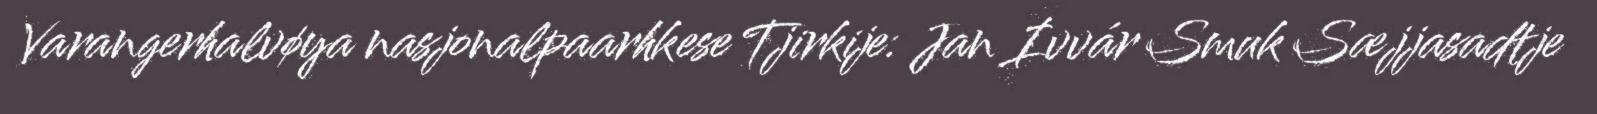
Varangerhalvøya nasjonalpaarhkese Tjirkije: Jan Ivvár Smuk Sæjjasadtje